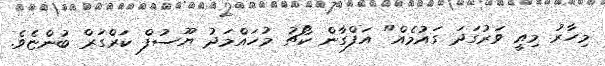
މިހާރު މިއީ ވަރުގަދަ ގައުމެއް" އަފްގާން ކޯޗު މުހައްމަދު ޔޫސުފް ކަރްގަރް ބުންޏެވެ.